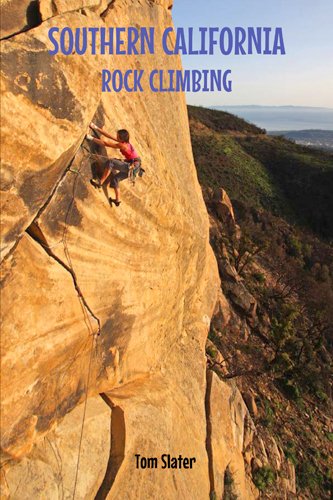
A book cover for Southern California Rock Climbing; Tom Slater; Sports & Outdoors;